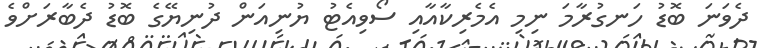
ދެވަނަ ބޮޑު ހަނގުރާމަ ނިމި އެމެރިކާއާއި ސޯވިއެޓު ޔުނިއަން ދުނިޔޭގެ ބޮޑު ދެބާރަށްވެ